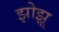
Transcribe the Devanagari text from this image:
झोझू